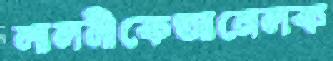
লালনীকেআনেলক